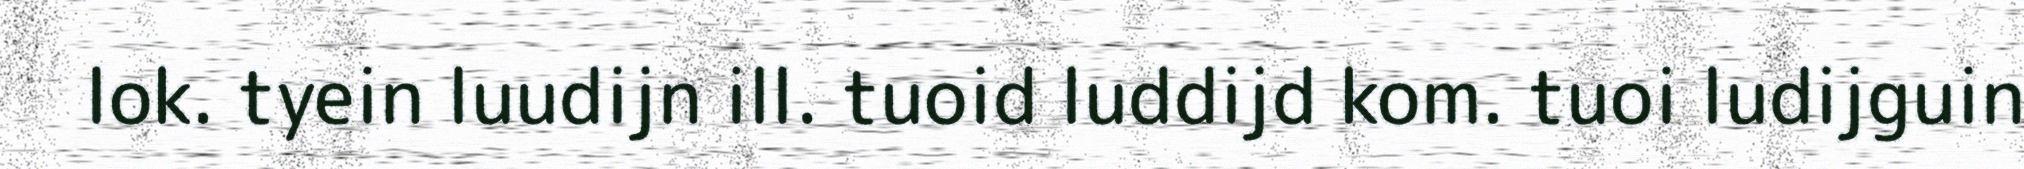
lok. tyein luudijn ill. tuoid luddijd kom. tuoi ludijguin